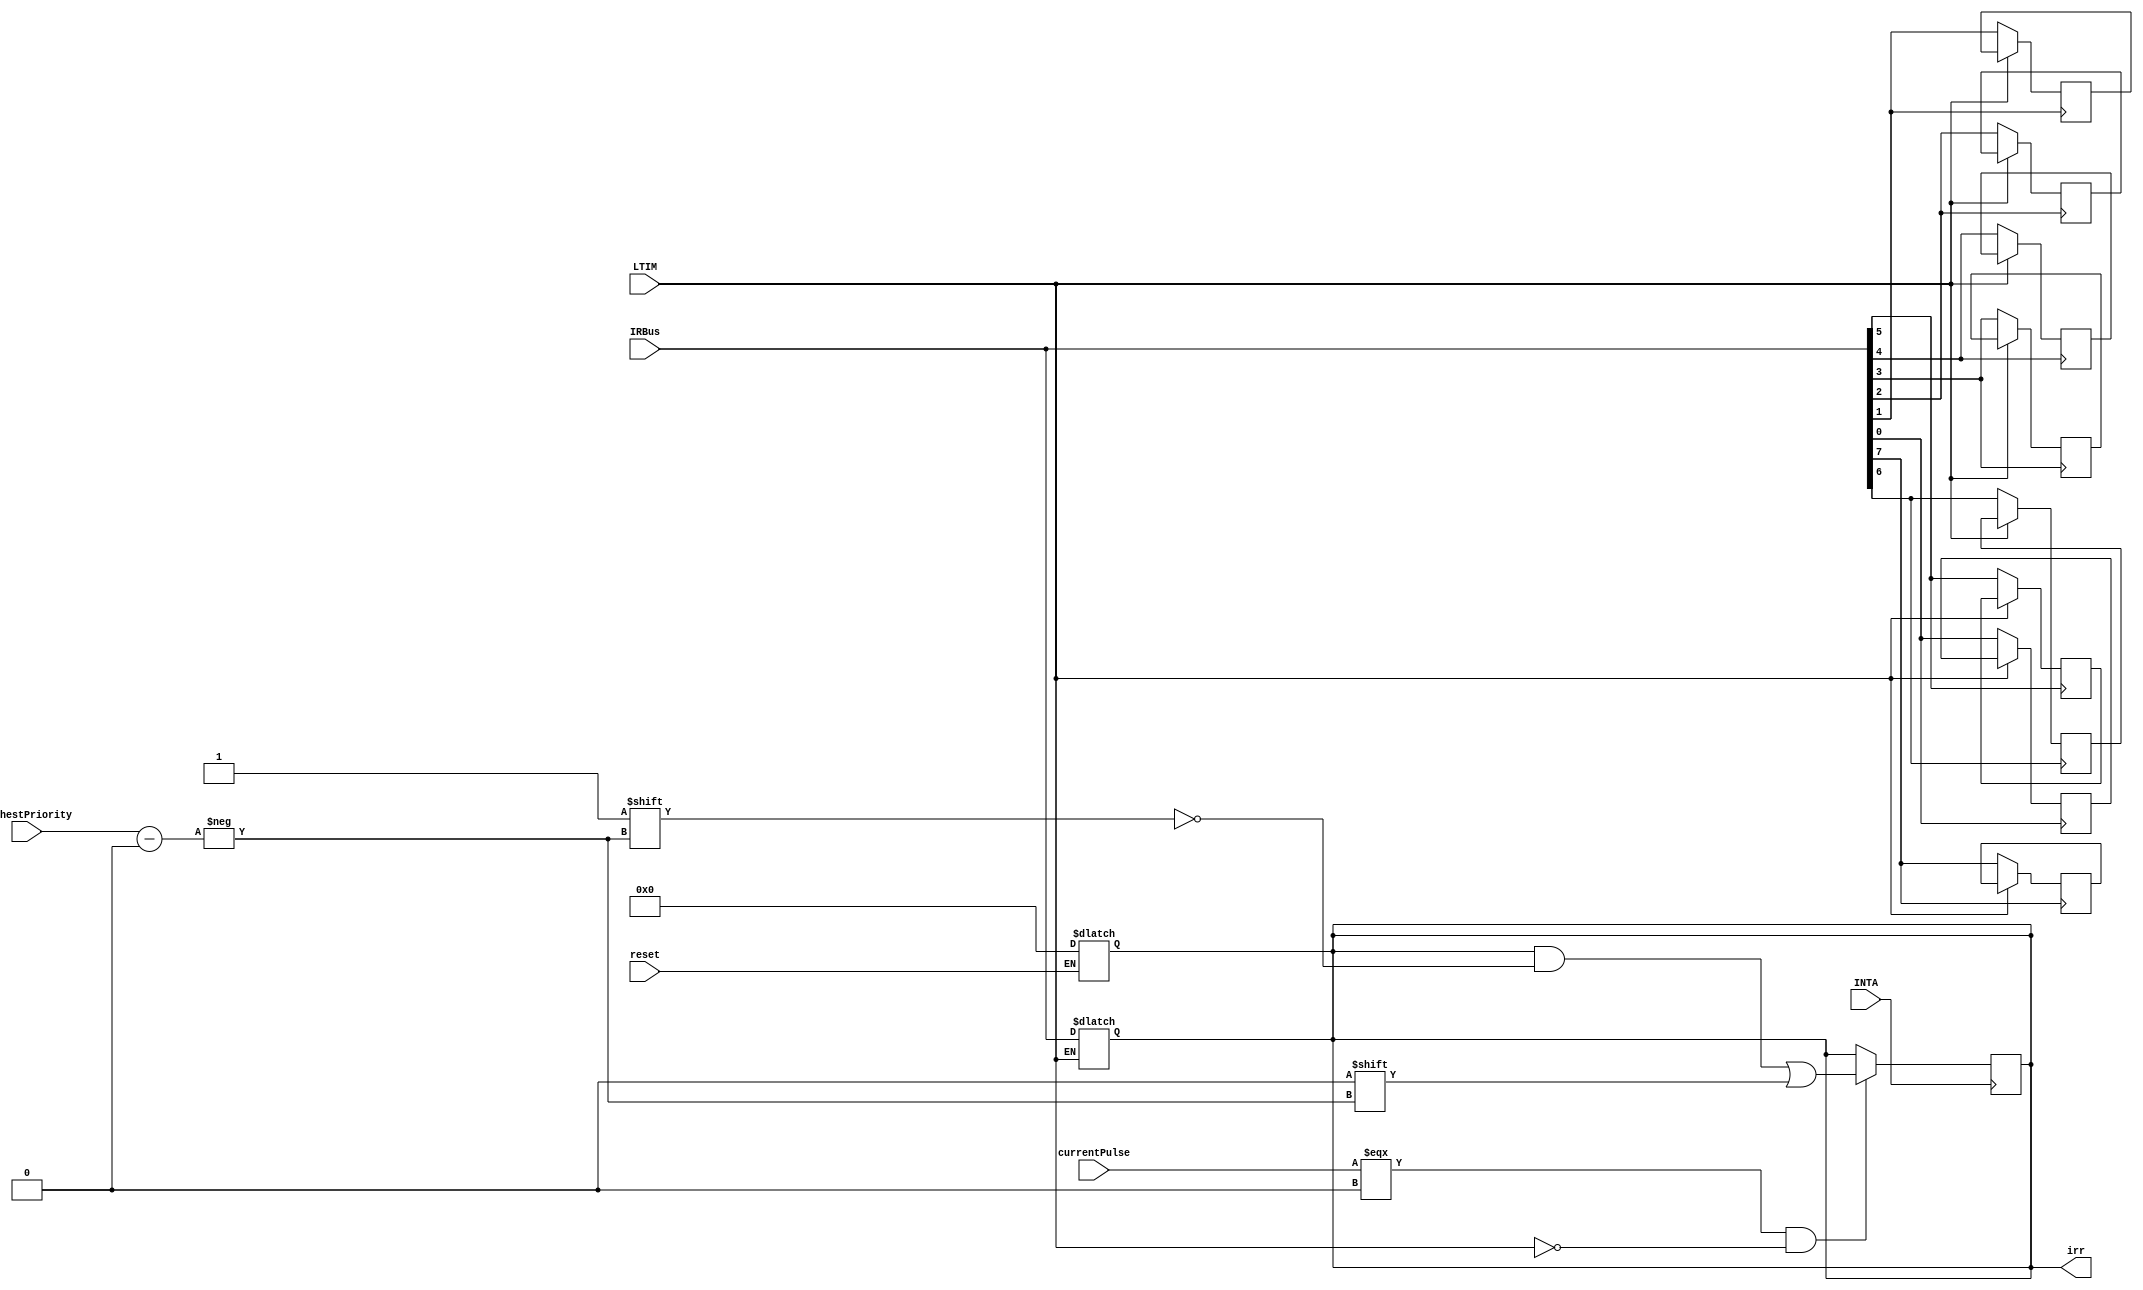
module IRR (
    input reset, // Resets signal to initial state
    input LTIM, // For determining whether it will be edge or level triggered
    input [7:0] IRBus, // Vectorized input for interrupt signals
    input [2:0] highestPriority,      // Input priority signal
    input INTA,                       // Input active low signal
    input currentPulse,               // Input signal indicating current pulse
    output reg [7:0] irr // Interrupt request register
);

    // Edge-triggered
    // only update the bit that had the edge
    genvar i;
    generate
        for (i = 0; i < 8; i = i + 1) begin
            always @(posedge IRBus[i]) begin
                if (!LTIM) begin
                    irr[i] <= IRBus[i];
                end
            end
        end
    endgenerate

    // Level-triggered
    always @(IRBus) begin
        if (LTIM) begin
            // If level-triggered, update the irr register with IRBus
            irr <= IRBus;
        end
    end

    always @(reset) begin
        if (reset) begin
            irr <= 8'b00000000;
        end
    end

    // reset irr when INTA is high -> low on the second pulse
    always @(posedge INTA) begin
        if (currentPulse === 0 && ~LTIM) begin
            irr[highestPriority] <= 1'b0;
        end
    end
endmodule

// test both edge and level triggered
module IRR_tb;
    reg LTIM;
    reg [7:0] IRBus;
    reg reset;
    reg [2:0] highestPriority;
    reg INTA;
    reg currentPulse;
    wire [7:0] irr;

    // Instantiate the IRR module
    IRR dut (
        .LTIM(LTIM),
        .IRBus(IRBus),
        .irr(irr),
        .highestPriority(highestPriority),
        .INTA(INTA),
        .currentPulse(currentPulse),
        .reset(reset)
    );

    // Stimulus and test cases
    initial begin
        reset = 1;
        #1
        reset = 0;
        INTA = 1;
        currentPulse = 1;
        highestPriority = 3'b101;
        #1
        // Edge-triggered
        LTIM = 0;
        IRBus = 8'b00000001;
        #10
        IRBus = 8'b00000010;
        #10
        IRBus = 8'b00000100;
        #10
        IRBus = 8'b00001000;
        #10
        IRBus = 8'b00010000;
        #10
        IRBus = 8'b00100000;
        #5
        INTA = 0;
        #10
        IRBus = 8'b11000001;
        #10

        // Level-triggered
        LTIM = 1;
        IRBus = 8'b00000001;
        #10
        IRBus = 8'b00000010;
        #10
        IRBus = 8'b00000100;
        #10
        IRBus = 8'b00001000;
        #10
        IRBus = 8'b00010000;
        #10
        IRBus = 8'b00100000;
        #10
        IRBus = 8'b01000000;
        #10
        IRBus = 8'b10000000;
    end
endmodule